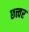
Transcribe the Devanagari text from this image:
छत्त्वर